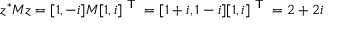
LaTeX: z ^ { * } M z = [ 1 , - i ] M [ 1 , i ] ^ { \textsf { T } } = [ 1 + i , 1 - i ] [ 1 , i ] ^ { \textsf { T } } = 2 + 2 i